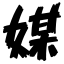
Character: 媒